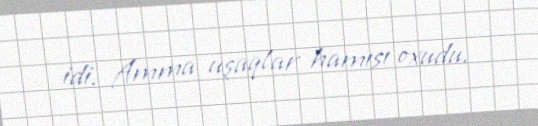
idi. Amma uşaqlar hamısı oxudu.